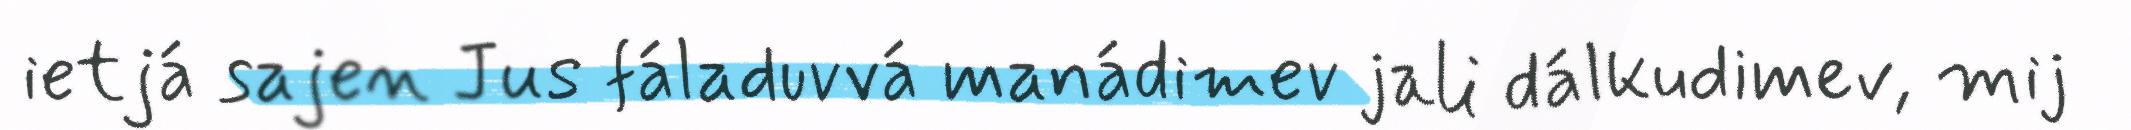
ietjá sajen Jus fáladuvvá manádimev jali dálkudimev, mij